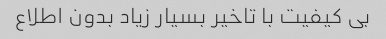
بی کیفیت با تاخیر بسیار زیاد بدون اطلاع